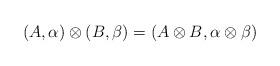
LaTeX: \begin{align*}(A,\alpha)\otimes(B,\beta)=(A\otimes B,\alpha\otimes\beta )\end{align*}